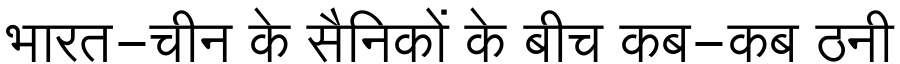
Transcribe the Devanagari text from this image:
भारत-चीन के सैनिकों के बीच कब-कब ठनी